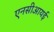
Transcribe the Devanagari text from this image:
एनसीआयई